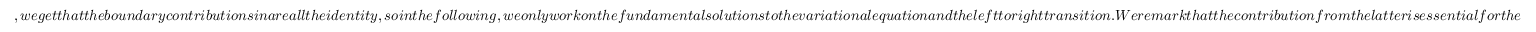
, w e g e t t h a t t h e b o u n d a r y c o n t r i b u t i o n s i n a r e a l l t h e i d e n t i t y , s o i n t h e f o l l o w i n g , w e o n l y w o r k o n t h e f u n d a m e n t a l s o l u t i o n s t o t h e v a r i a t i o n a l e q u a t i o n a n d t h e l e f t t o r i g h t t r a n s i t i o n . W e r e m a r k t h a t t h e c o n t r i b u t i o n f r o m t h e l a t t e r i s e s s e n t i a l f o r t h e